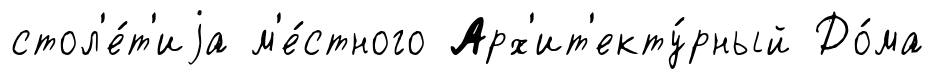
стол'е́т'иjа м'е́стного Арх'ит'екту́рный До́ма